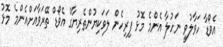
އެވޯޑާ ހަވާލުވީ ނަހުލާ އެންމެ މޮޅު ފިރިހެން ލަވަކިޔުންތެރިޔާގެ އެވޯޑް ތޭރަވާއަށްއެންމެ މޮޅު